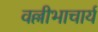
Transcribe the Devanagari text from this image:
वल्लीभाचार्य